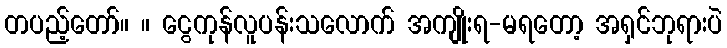
တပည့်တော်။ ။ ငွေကုန်လူပန်းသလောက် အကျိုးရ-မရတော့ အရှင်ဘုရားပဲ